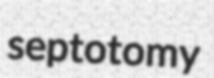
septotomy